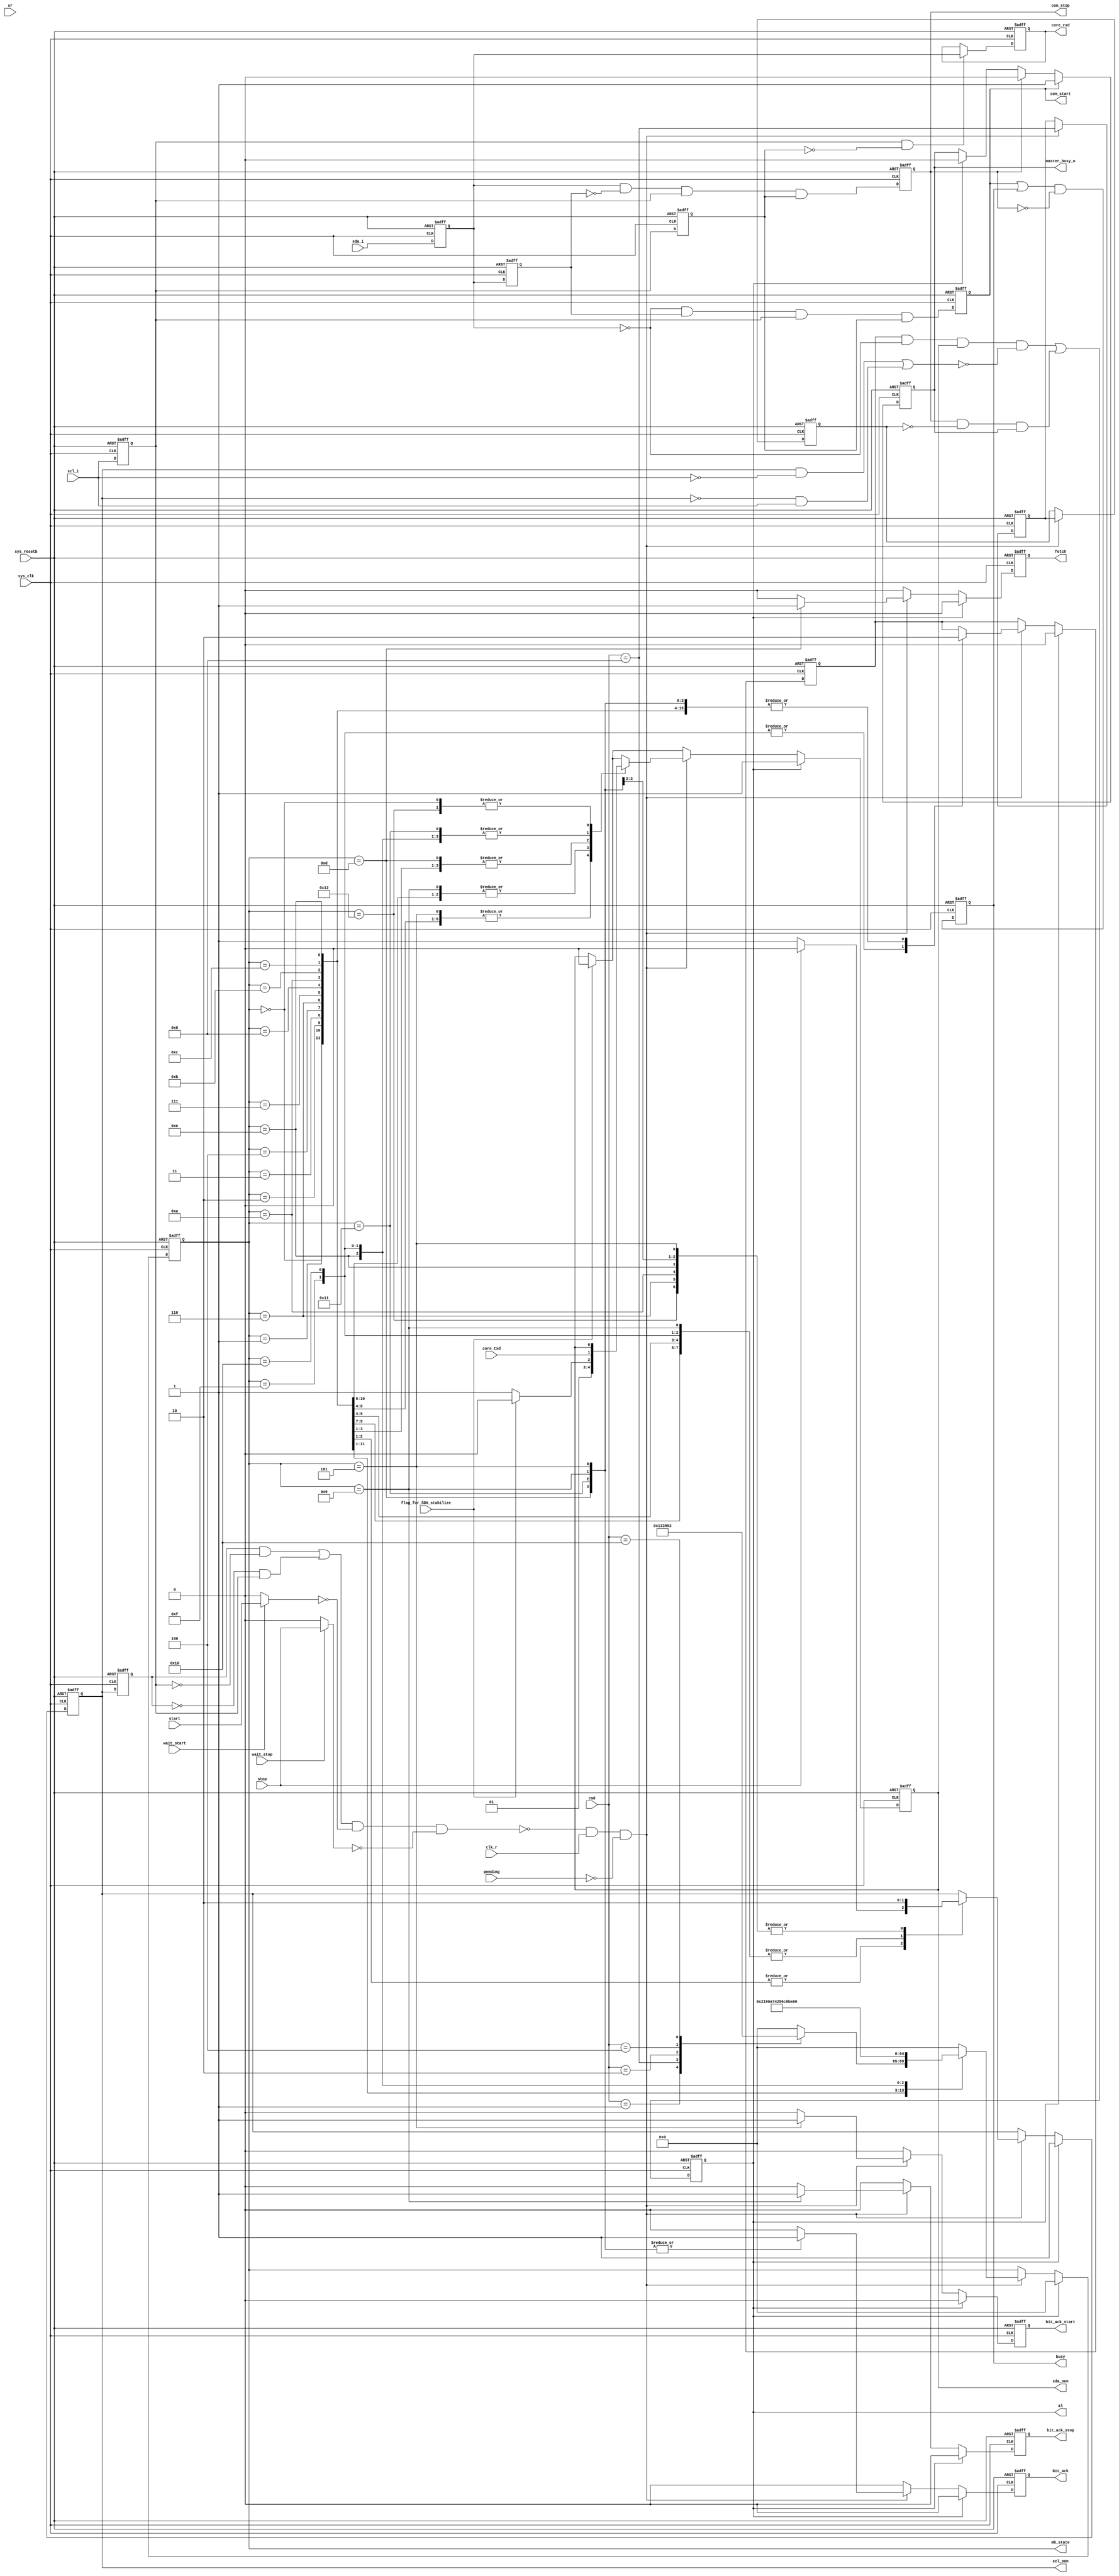
//*******************************************************************--
// Copyright (c) 2006-2013  Naoplus Co., Ltd.                        //
//*******************************************************************//
//*******************************************************************//
// Please review the terms of the license agreement before using     //
// this file. If you are not an authorized user, please destroy this //
// source code file and notify Naoplus Co., Ltd. immediately         //
// that you inadvertently received an unauthorized copy.             //
//*******************************************************************//
//-------------------------------------------------------------------//
// Project name         : MiCSoC                                     //
// Project description  :                                            //
//                                                                   //
// Purpose              : HLCP master bit timing controller           //
//                                                                   //
//-------------------------------------------------------------------//
//*******************************************************************//

// HLCP command define
`define HLCP_NOP        5'b00000    // NOP
`define HLCP_START      5'b00001    // START
`define HLCP_WRITE      5'b00010    // WRITE
`define HLCP_READ       5'b00100    // READ
`define HLCP_STOP       5'b01000    // STOP
`define HLCP_WAIT       5'b10000    // WAIT

module hlcp_bit_ctrl(
                    // Inputs
                    sys_clk,       // system clock
                    sys_resetb,    // system reset  : Active low
                    cmd,           // command to bit controller
                    core_txd,      // Data in
                    scl_i,         // SCL input
                    sda_i,         // SDA input
                    clk_r,         // divided clock input
                    pending,       // pending due to interrupt handling
                    con_stop,      // STOP condition
                    con_start,     // START condition
                    start,         // HLCP start
                    stop,          // HLCP stop
                    wait_start,    // control the slave wait when start mode
                    wait_stop,     // control the slave wait when stop mode
                    // Outputs
                    mb_state,      // master bit current state
                    fetch,         // Data Fetch to shift register
                    bit_ack,       // finish command execution, ack to byte controller
                    bit_ack_stop,  // finish stop command execution, ack to byte controller
                    bit_ack_start, // finish start command execution, ack to byte controller
                    busy,          // HLCP bus free status
                    al,            // Arbitration lost
                    core_rxd,      // Data out
                    scl_oen,       // SCL output enable
                    sda_oen,        // SDA output enable

                    master_busy_o,
                    sr,

                    flag_for_SDA_stabilize
                   );

//*********************************
//        Input and output
//*********************************
input        sys_clk;                 // APB clock input
input        sys_resetb;             // APB reset input
input  [4:0] cmd;                  // command from byte controller
input        core_txd;             // data to be transferred
input        scl_i;                // hlcp clock line input
input        sda_i;                // hlcp data line input
input        clk_r;                // divided clock rising edge input
input        pending;              // pending due to interrupt handling
input        start;                // HLCP start
input        stop;                 // HLCP stop
input        wait_start;           // control the slave wait when start mode
input        wait_stop;            // control the slave wait when stop mode
input        flag_for_SDA_stabilize;
output [4:0] mb_state;             // master bit current state
output       fetch;                // Data Fetch to shift register
output       bit_ack;              // command complete acknowledge
output       bit_ack_stop;         // stop command complete acknowledge
output       bit_ack_start;        // start command complete acknowledge
output       busy;                 // hlcp bus busy
output       al;                   // hlcp bus arbitration lost
output       core_rxd;             // data received
output       scl_oen;              // hlcp clock line output enable (active low)
output       sda_oen;              // hlcp data line output enable (active low)
output       con_stop;             // HLCP bus stop condition
output       con_start;            // HLCP bus start condition
////////////////
output wire master_busy_o;
reg   master_busy;       // HLCP master busy
input wire [7:0] sr;
////////////////

// Signals declarations
wire        sys_clk;
wire        sys_resetb;
wire  [4:0] cmd;
wire        core_txd;
wire        scl_i;
wire        sda_i;
wire        clk_r;
wire        pending;
wire        con_stop;
wire        con_start;
wire        start;
wire        stop;
reg         fetch;
reg         bit_ack;
reg         bit_ack_stop;
reg         bit_ack_start;
reg         busy;
reg         al;
reg         core_rxd;
reg         scl_oen;
reg         sda_oen;


// variable declarations
reg         scl_c, sda_c;           // synchronized SCL and SDA inputs
reg         dscl_oen;               // delayed scl_oen
reg         sda_chk;                // check SDA output (Multi-master arbitration)
wire        clk_en;                 // clock generation signals
wire        slave_wait;
wire        al_ignore;


// --------------------------------------------------------------------------------
// module body
// --------------------------------------------------------------------------------

// whenever the slave is not ready it can delay the cycle by pulling SCL low
// delay scl_oen
always @(posedge sys_clk or negedge sys_resetb)
if(!sys_resetb)
  dscl_oen <= 1'b0;
else
  dscl_oen <=  scl_oen;

// In start/stop command executed phase, don't check slave wait
//assign slave_wait = ((dscl_oen && !scl_c)||(!dscl_oen && scl_c)) & !start & !stop;
wire start_t = (wait_start) ? start : 1'b0;
wire stop_t  = (wait_stop ) ? stop  : 1'b0;

assign slave_wait = ((dscl_oen && !scl_c)||(!dscl_oen && scl_c)) & !start_t & !stop_t;
assign al_ignore = (scl_oen && !scl_i)||(!scl_oen && scl_i);


// generate clk enable signal
//assign clk_en = !slave_wait & !pending;
assign clk_en = !slave_wait & clk_r & !pending;

// generate bus status controller
reg scl_p, sda_p;
reg sta_condition;
reg sto_condition;

// synchronize SCL and SDA inputs
// reduce metastability risc
always @(posedge sys_clk or negedge sys_resetb)
  if (!sys_resetb)
    begin
        scl_c <=  1'b1;
        sda_c <=  1'b1;

        scl_p <=  1'b1;
        sda_p <=  1'b1;
    end

  else
    begin
        scl_c <=  scl_i;
        sda_c <=  sda_i;

        scl_p <=  scl_c;
        sda_p <=  sda_c;
    end

// detect start condition => detect falling edge on SDA while SCL is high
// detect stop condition => detect rising edge on SDA while SCL is high
always @(posedge sys_clk or negedge sys_resetb)
  if (~sys_resetb)
    begin
        sta_condition <=  1'b0;
        sto_condition <=  1'b0;
    end

  else
    begin
        sta_condition <=  ~sda_c &  sda_p & scl_c & scl_p;
        sto_condition <=   sda_c & ~sda_p & scl_c & scl_p;
    end

assign con_stop =  sto_condition;
assign con_start = sta_condition;



// generate hlcp bus busy signal
always @(posedge sys_clk or negedge sys_resetb)
  if(!sys_resetb)
    busy <=  1'b0;
  else
    busy <=  (sta_condition | busy) & ~sto_condition;
    //busy <=  (sta_condition | busy) & ~sto_condition;





// generate arbitration lost signal
// aribitration lost when:
// 1) master drives SDA high, but the hlcp bus is low
// 2) stop detected while not requested
reg cmd_stop;
reg cmd_stop_d;

always @(posedge sys_clk or negedge sys_resetb)
  if (~sys_resetb)
    cmd_stop <=  1'b0;
  else if (clk_en)
    cmd_stop <=  cmd == `HLCP_STOP;
  else
    cmd_stop <= cmd_stop;

 always @(posedge sys_clk or negedge sys_resetb)
  if (~sys_resetb)
    cmd_stop_d <=  1'b0;
  else if (clk_en)
    cmd_stop_d <= cmd_stop ;
  else
    cmd_stop_d <= cmd_stop_d;


// HLCP core busy detection


always @(posedge sys_clk or negedge sys_resetb)
  if (~sys_resetb)
    master_busy <=  1'b0;
  else if (sta_condition)
    master_busy <=  1'b1;
  else if (sto_condition)
    master_busy <=  1'b0;
  else if (al)
    master_busy <=  1'b0;
  else
    master_busy <=  master_busy;

assign master_busy_o = master_busy;

// arbitration lost detection
always @(posedge sys_clk or negedge sys_resetb)
  if (~sys_resetb)
    al <=  1'b0;
  else
    // AL occurs when SDA check fail or master detects STOP but not issue STOP aommand while master is active
      al <= (sda_chk & ~sda_c & sda_oen & ~al_ignore) | (sto_condition & ~cmd_stop_d & master_busy);

// generate core_rxd signal (store SDA on rising edge of SCL)
always @(posedge sys_clk or negedge sys_resetb)
   if (~sys_resetb)
     core_rxd <= 0;
   else if(scl_c & ~scl_p)
     core_rxd <=  sda_c;
   else
     core_rxd <= core_rxd;

reg [4:0] c_state;
reg [4:0] count_fetch;

always@(posedge sys_clk or negedge sys_resetb)begin
    if(!sys_resetb) begin
        count_fetch <= 5'd0;
    end
    else if(pending) begin
        count_fetch <= 5'b0;
    end
    else if(count_fetch==5'd20) begin
        count_fetch <= count_fetch;
    end
    else if(bit_ack&&count_fetch!=5'd20) begin
        count_fetch <= count_fetch + 1'b1;
    end
    else begin
        count_fetch <= count_fetch;
    end
end
// generate statemachine

// next_state decoder
parameter  IDLE    = 5'b0_0000;//0
parameter  START1  = 5'b0_0001;//1
parameter  START2  = 5'b0_0010;//2
parameter  START3  = 5'b0_0011;//3
parameter  START4  = 5'b0_0100;//4
parameter  START5  = 5'b0_0101;//5
parameter  STOP1   = 5'b0_0110;//6
parameter  STOP2   = 5'b0_0111;//7
parameter  STOP3   = 5'b0_1000;//8
parameter  STOP4   = 5'b0_1001;//9
parameter  RD1     = 5'b0_1010;//10
parameter  RD2     = 5'b0_1011;//11
parameter  RD3     = 5'b0_1100;//12
parameter  RD4     = 5'b0_1101;//13
parameter  WR1     = 5'b0_1110;//14
parameter  WR2     = 5'b0_1111;//15
parameter  WR3     = 5'b1_0000;
parameter  WR4     = 5'b1_0001;
parameter  WAITING = 5'b1_0010;

always @(posedge sys_clk or negedge sys_resetb)
  if (!sys_resetb)
    begin
        c_state       <=  IDLE;
        bit_ack       <=  1'b0;
        bit_ack_stop  <=  1'b0;
        bit_ack_start <=  1'b0;
        scl_oen       <=  1'b1;
        sda_oen       <=  1'b1;
        sda_chk       <=  1'b0;
        fetch         <=  1'b0;
    end


  else if (al)
    begin
        c_state       <=  IDLE;
        bit_ack       <=  1'b0;
        bit_ack_stop  <=  1'b0;
        bit_ack_start <=  1'b0;
        scl_oen       <=  1'b1;
        sda_oen       <=  1'b1;
        sda_chk       <=  1'b0;
        fetch         <=  1'b0;
    end
    
  else
    begin
        bit_ack       <=  1'b0;      // default no command acknowledge + assert bit_ack only 1clk cycle
        bit_ack_stop  <=  1'b0;
        bit_ack_start <=  1'b0;
        fetch <= 1'b0;
        if(flag_for_SDA_stabilize)
                  sda_oen <=  1'b0;
        if (clk_en)      //clk_en
          case (c_state) // synopsis full_case parallel_case
            // IDLE state
            IDLE:
            begin
                case (cmd) // synopsis full_case parallel_case
                  `HLCP_START:
                     c_state <=  START1;

                  `HLCP_STOP:
                     c_state <=  STOP1;

                  `HLCP_WRITE:
                     c_state <=  WR1;

                  `HLCP_READ:
                     c_state <=  RD1;

                  `HLCP_WAIT:
                     c_state <=  WAITING;

                  default:
                    c_state  <=  IDLE;
                endcase
                
                scl_oen <=  scl_oen; // keep SCL in same state
                sda_oen <=  sda_oen; // keep SDA in same state
                sda_chk <=  1'b0;    // don't check SDA output

            end

            // start
            START1:
            begin
                c_state <=  START2;
                scl_oen <=  scl_oen; // keep SCL in same state
                sda_oen <=  1'b1;    // set SDA high
                sda_chk <=  1'b0;    // don't check SDA output
            end

            START2:
            begin
                c_state <=  START3;
                scl_oen <=  1'b1; // set SCL high
                sda_oen <=  1'b1; // keep SDA high
                sda_chk <=  1'b0; // don't check SDA output
            end

            START3:
            begin
                c_state <=  START4;
                scl_oen <=  1'b1; // keep SCL high
                sda_oen <=  1'b0; // set SDA low
                sda_chk <=  1'b0; // don't check SDA output
            end

            START4:
            begin
                c_state <=  START5;
                scl_oen <=  1'b1; // keep SCL high
                sda_oen <=  1'b0; // keep SDA low
                sda_chk <=  1'b0; // don't check SDA output
            end

            START5:
            begin
                c_state <=  IDLE;
                bit_ack <=  1'b1;
                bit_ack_start  <=  1'b1;
                scl_oen <=  1'b0; // set SCL low
                sda_oen <=  1'b0; // keep SDA low
                sda_chk <=  1'b0; // don't check SDA output
            end

            // stop
            STOP1:
            begin
                c_state <=  STOP2;
                scl_oen <=  1'b0; // keep SCL low
                sda_oen <=  1'b0; // set SDA low
                sda_chk <=  1'b0; // don't check SDA output
            end

            STOP2:
            begin
                c_state <=  STOP3;
                scl_oen <=  1'b1; // set SCL high
                sda_oen <=  1'b0; // keep SDA low
                sda_chk <=  1'b0; // don't check SDA output
            end

            STOP3:
            begin
                c_state <=  STOP4;
                scl_oen <=  1'b1; // keep SCL high
                sda_oen <=  1'b0; // keep SDA low
                sda_chk <=  1'b0; // don't check SDA output
            end

            STOP4:
            begin
                c_state      <=  IDLE;
                bit_ack      <=  1'b1;
                bit_ack_stop <=  1'b1;
                scl_oen      <=  1'b1; // keep SCL high
                sda_oen      <=  1'b1; // set SDA high
                sda_chk      <=  1'b0; // don't check SDA output
            end

            // read
            RD1:
            begin
                if(flag_for_SDA_stabilize)
                  sda_oen <=  1'b0;
                else                  
                  sda_oen <=  1'b1; // keep SDA tri-stated
                c_state <=  RD2;
                scl_oen <=  1'b0;//scl_oen <=  1'b0; // keep SCL low
                sda_chk <=  1'b0; // don't check SDA output
            end

            RD2:
            begin
                if(stop)
                  scl_oen <=  1'b0; // set SCL high
                else
                  scl_oen <=  1'b1;
                if(flag_for_SDA_stabilize)
                  sda_oen <=  1'b0;
                else                  
                  sda_oen <=  1'b1; // keep SDA tri-stated            
                c_state <=  RD3;
                sda_chk <=  1'b0; // don't check SDA output
            end

            RD3:
            begin
                if(stop)
                  scl_oen <=  1'b0; // set SCL high
                else
                  scl_oen <=  1'b1;              
                if(flag_for_SDA_stabilize)
                  sda_oen <=  1'b0;
                else                  
                  sda_oen <=  1'b1; // keep SDA tri-stated
                c_state <=  RD4;
                sda_chk <=  1'b0; // don't check SDA output
            end

            RD4:
            begin
                if(flag_for_SDA_stabilize)
                  sda_oen <=  1'b0;
                else                  
                  sda_oen <=  1'b1; // keep SDA tri-stated              
                c_state <=  IDLE;
                bit_ack <=  1'b1;
                scl_oen <=  1'b0; // set SCL low
                sda_chk <=  1'b0; // don't check SDA output
                fetch   <=  1'b1;
            end

            // write
            WR1:
            begin
                c_state <=  WR2;
                scl_oen <=  1'b0; // keep SCL low
                sda_oen <=  core_txd;  // set SDA
                sda_chk <=  1'b0; // don't check SDA output (SCL low)
            end

            WR2:
            begin
                c_state <=  WR3;
                scl_oen <=  1'b1; // set SCL high
                sda_oen <=  core_txd;  // keep SDA
                sda_chk <=  1'b1; // check SDA output
            end

            WR3:
            begin
                c_state <=  WR4;
                scl_oen <=  1'b1; // keep SCL high
                sda_oen <=  core_txd;
                sda_chk <=  1'b1; // check SDA output
            end

            WR4:
            begin
                c_state <=  IDLE;
                bit_ack <=  1'b1;
                scl_oen <=  1'b0; // set SCL low
                sda_oen <=  core_txd;
                sda_chk <=  1'b0; // don't check SDA output (SCL low)
            end

            // WAITING
            WAITING:
             begin
                 c_state <=  IDLE;
                 scl_oen <=  1'b0; // keep SCL low
                 sda_oen <=  sda_oen;  // set SDA unchange
                 sda_chk <=  1'b0; // don't check SDA output (SCL low)
                 //bit_ack <=  1'b1;                 
             end


       default:
            c_state <= IDLE;

       endcase

       else
                 c_state <= c_state;
    end

assign mb_state = c_state;

endmodule




/*
reg [(40*8):0] cmd_str;
reg [(40*8):0] mb_state_str;

always @ (cmd) begin
   case(cmd) 
      `HLCP_NOP   : cmd_str = "NOP";
      `HLCP_START : cmd_str = "START";
      `HLCP_WRITE : cmd_str = "WRITE";
      `HLCP_READ  : cmd_str = "READ";
      `HLCP_STOP  : cmd_str = "STOP";
      `HLCP_WAIT  : cmd_str = "WAIT";
   endcase
end

always @ (c_state) begin
   case(c_state) 
      IDLE      : mb_state_str = "IDLE";
      START1    : mb_state_str = "START1";
      START2    : mb_state_str = "START2";
      START3    : mb_state_str = "START3";
      START4    : mb_state_str = "START4";
      START5    : mb_state_str = "START5";
      STOP1     : mb_state_str = "STOP1";
      STOP2     : mb_state_str = "STOP2";
      STOP3     : mb_state_str = "STOP3";
      STOP4     : mb_state_str = "STOP4";
      RD1       : mb_state_str = "RD1";
      RD2       : mb_state_str = "RD2";
      RD3       : mb_state_str = "RD3";
      RD4       : mb_state_str = "RD4";
      WR1       : mb_state_str = "WR1";
      WR2       : mb_state_str = "WR2";
      WR3       : mb_state_str = "WR3";
      WR4       : mb_state_str = "WR4";
      WAITING   : mb_state_str = "WAITING";
   endcase
end
// synopsys translate_on
*/